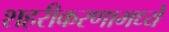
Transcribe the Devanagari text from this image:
शहरीकरणामध्ये